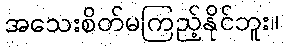
အသေးစိတ်မကြည့်နိုင်ဘူး။